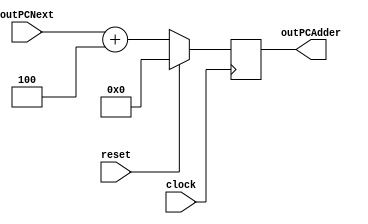
//-------------------------------------------------------
// Type: module
// Department: Ciencias da computao - UFV-Florestal
// Author's Email: joao.andrade1@ufv.br, mateus.h.figueredo@ufv.br, vitor.lacerda@ufv.br
//-------------------------------------------------------
// Release history
// Version Date            Description
// 0.1     01/07/2022      Archive creation
// 0.2     02/07/2022      Version with code
//-------------------------------------------------------
// Keywords:   PC, adder
//-------------------------------------------------------
// Purpose:    Receives the PC and returns the next instruction

module PCAdder(
    outPCAdder,
    outPCNext,
    clock,
    reset
);

    output reg[31:0] outPCAdder;    // PC adder +4 to the "and" multiplexer

    input[31:0] outPCNext;                 // PC input from the PC module
    input reset, clock;

    initial begin
        outPCAdder = 32'd0;
    end
    always @(posedge clock)
        begin
            if (reset)
                begin
                    outPCAdder = 32'd0;
                end
            else
                begin
                    outPCAdder = outPCNext+32'd4;
                end
        end

endmodule